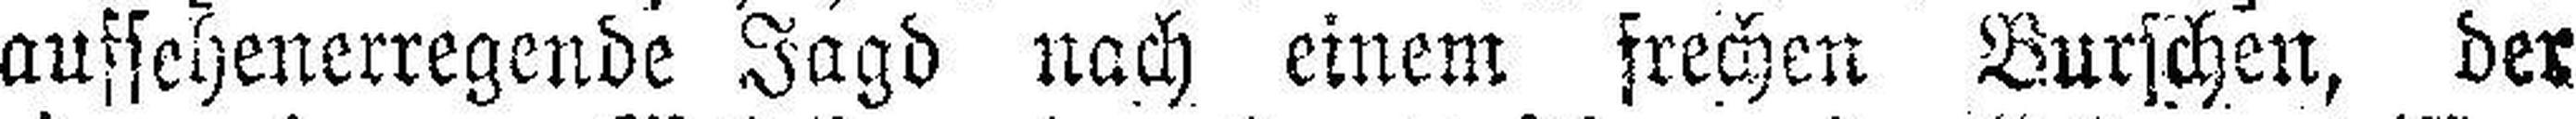
aufsehenerregende Jagd nach einem frechen Burschen, der